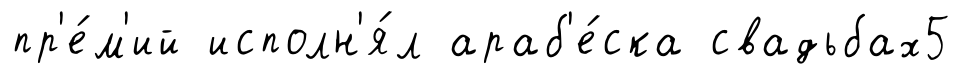
пр'е́м'ий исполн'я́л араб'е́ска свадьбах5